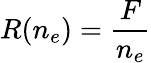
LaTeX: R(n_{e})={\frac{F}{n_{e}}}